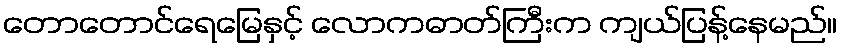
တောတောင်ရေမြေနှင့် လောကဓာတ်ကြီးက ကျယ်ပြန့်နေမည်။